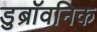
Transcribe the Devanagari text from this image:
डुब्रॉवनिक